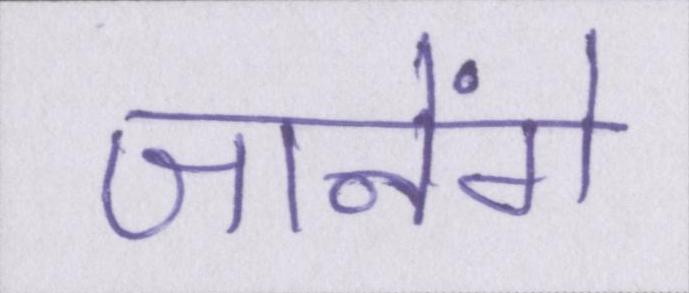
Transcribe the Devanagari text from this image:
जानेंगे